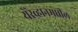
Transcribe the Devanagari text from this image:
येरेव्हानमधील